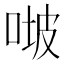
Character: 𠶊